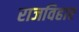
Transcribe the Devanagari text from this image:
राजविहार